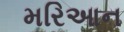
મરિઆન